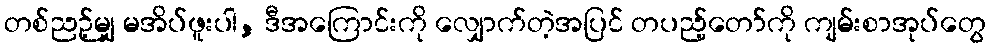
တစ်ညဉ့်မျှ မအိပ်ဖူးပါ, ဒီအကြောင်းကို လျှောက်တဲ့အပြင် တပည့်တော်ကို ကျမ်းစာအုပ်တွေ